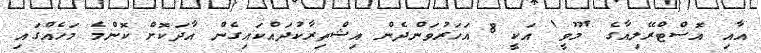
އާއި އޮސްޓްރޭލިއާގެ 'މޫވީ' އަކީ 8 އަހަރުވަންދެން އިޝްތިރާކުދައްކައިގެން އާދަކޮށް ކޮންމެ މަހެއްގައި